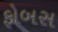
ફોબસ